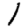
Digit: 1